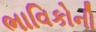
ભાવિકોની